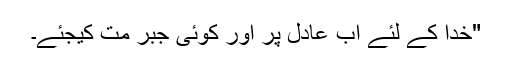
"خدا کے لئے اب عادل پر اور کوئی جبر مت کیجئے۔